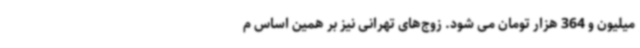
میلیون و 364 هزار تومان می شود. زوج‌های تهرانی نیز بر همین اساس م